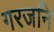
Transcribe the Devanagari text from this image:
गरजनि